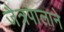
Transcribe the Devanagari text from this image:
जैत्रपालाने